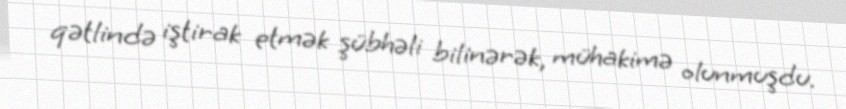
qətlində iştirak etmək şübhəli bilinərək, mühakimə olunmuşdu.